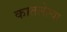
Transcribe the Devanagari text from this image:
कातलेल्या